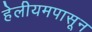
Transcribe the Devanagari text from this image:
हेलीयमपासून